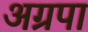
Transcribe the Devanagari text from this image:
अग्रपा